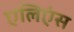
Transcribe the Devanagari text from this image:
एलिएंस